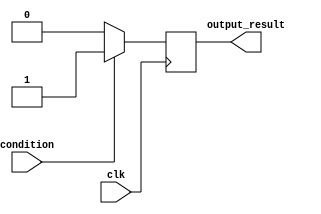
module if_else_statement (
    input wire clk, // Clock signal
    input wire condition, // Condition to check
    output reg output_result // Output signal
);

always @(posedge clk) begin
    if (condition) begin
        // If the condition is true, execute this block
        output_result <= 1;
    end else begin
        // If the condition is false, execute this block
        output_result <= 0;
    end
end

endmodule